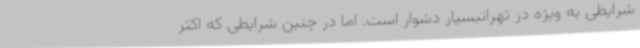
شرایطی به ویژه در تهرانبسیار دشوار است. اما در چنین شرایطی که اکثر